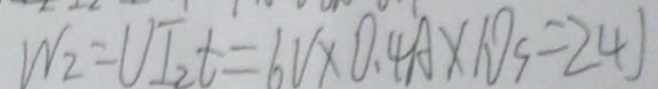
W _ { 2 } = U I _ { 2 } t = 6 V \times 0 . 4 A \times 1 0 S = 2 4 J